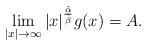
LaTeX: \begin{align*}\lim_{|x|\to\infty}|x|^{\frac{\tilde\alpha}{\tilde\beta}}g(x)=A.\end{align*}